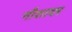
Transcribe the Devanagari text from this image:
नौशादर